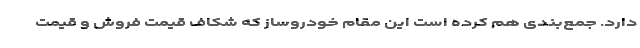
دارد. جمع‌بندی هم کرده است این مقام خودروساز که شکاف قیمت فروش و قیمت